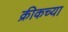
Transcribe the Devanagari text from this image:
क्रीकच्या